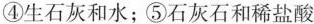
④生石灰和水；⑤石灰石和稀盐酸